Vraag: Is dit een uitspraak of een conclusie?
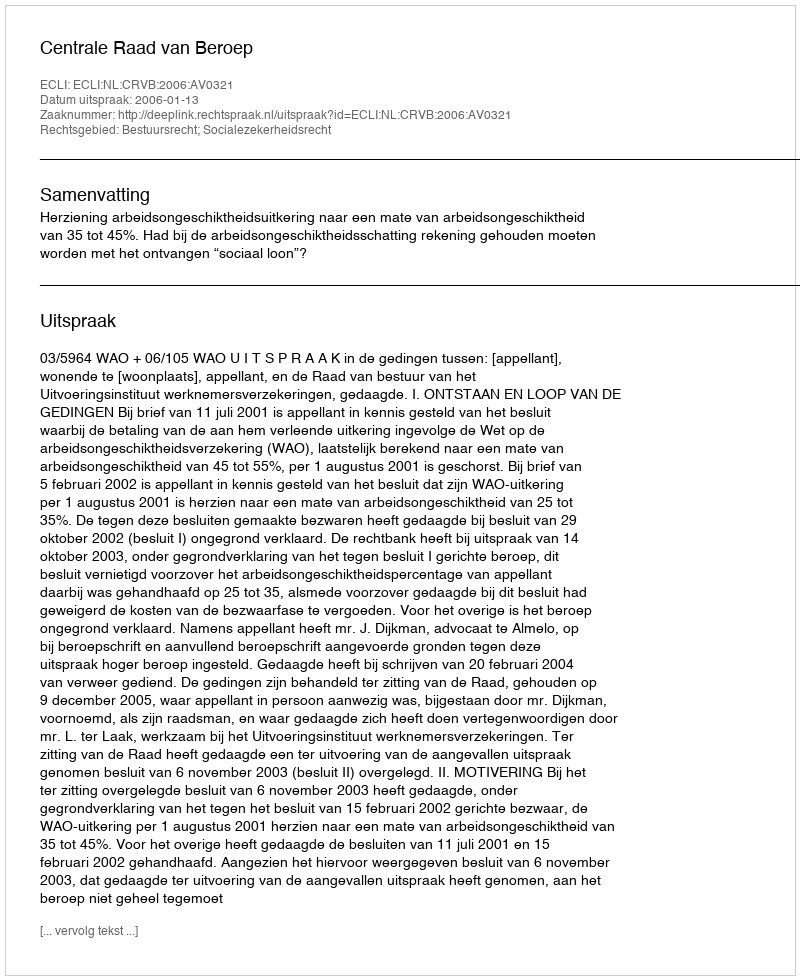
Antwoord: Uitspraak